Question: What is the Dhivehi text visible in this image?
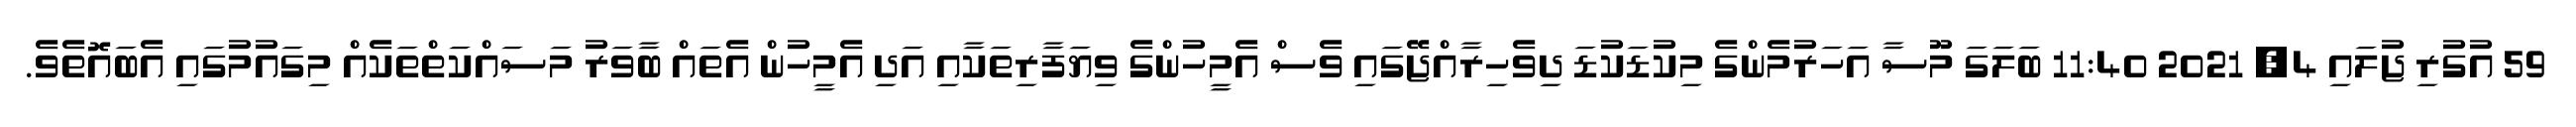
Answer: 59 އުގުރި ޖުލައި 4, 2021 11:40 ބަލަގަ މޫސާ އަހަރުމެންގެ މިކުޑަކުޑަ ދިވެހިރާއްޖޭގައި ވެސް އެމީހުންގެ ވިޔަފާރިތަކާއި އަދި އެމީހުން އެތައް ބާވަރު މަސައްކަތްތަކެއް މިގައުމުގައި އެބައޮތެވެ.